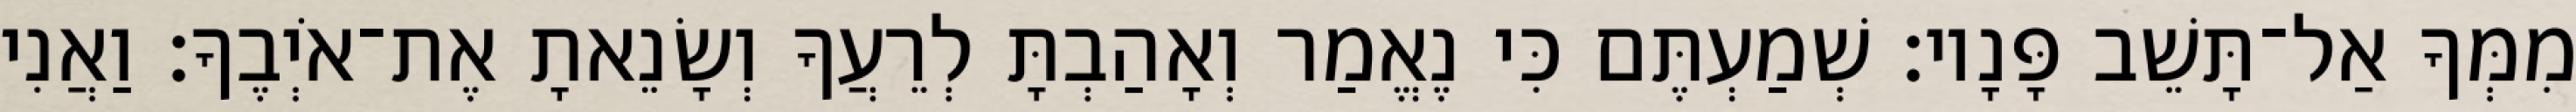
מִמְּךָ אַל־תָּשֵׁב פָּנָיו׃ שְׁמַעְתֶּם כִּי נֶאֱמַר וְאָהַבְתָּ לְרֵעֲךָ וְשָׂנֵאתָ אֶת־אֹיְבֶךָ׃ וַאֲנִי